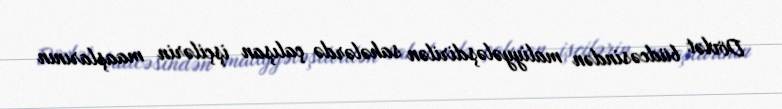
Dövlət büdcəsindən maliyyələşdirilən sahələrdə çalışan işçilərin maaşlarının